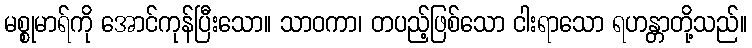
မစ္စုမာရ်ကို အောင်ကုန်ပြီးသော။ သာဝကာ၊ တပည့်ဖြစ်သော ငါးရာသော ရဟန္တာတို့သည်။